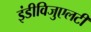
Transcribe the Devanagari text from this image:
इंडीविजुएलटी